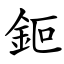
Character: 鉕